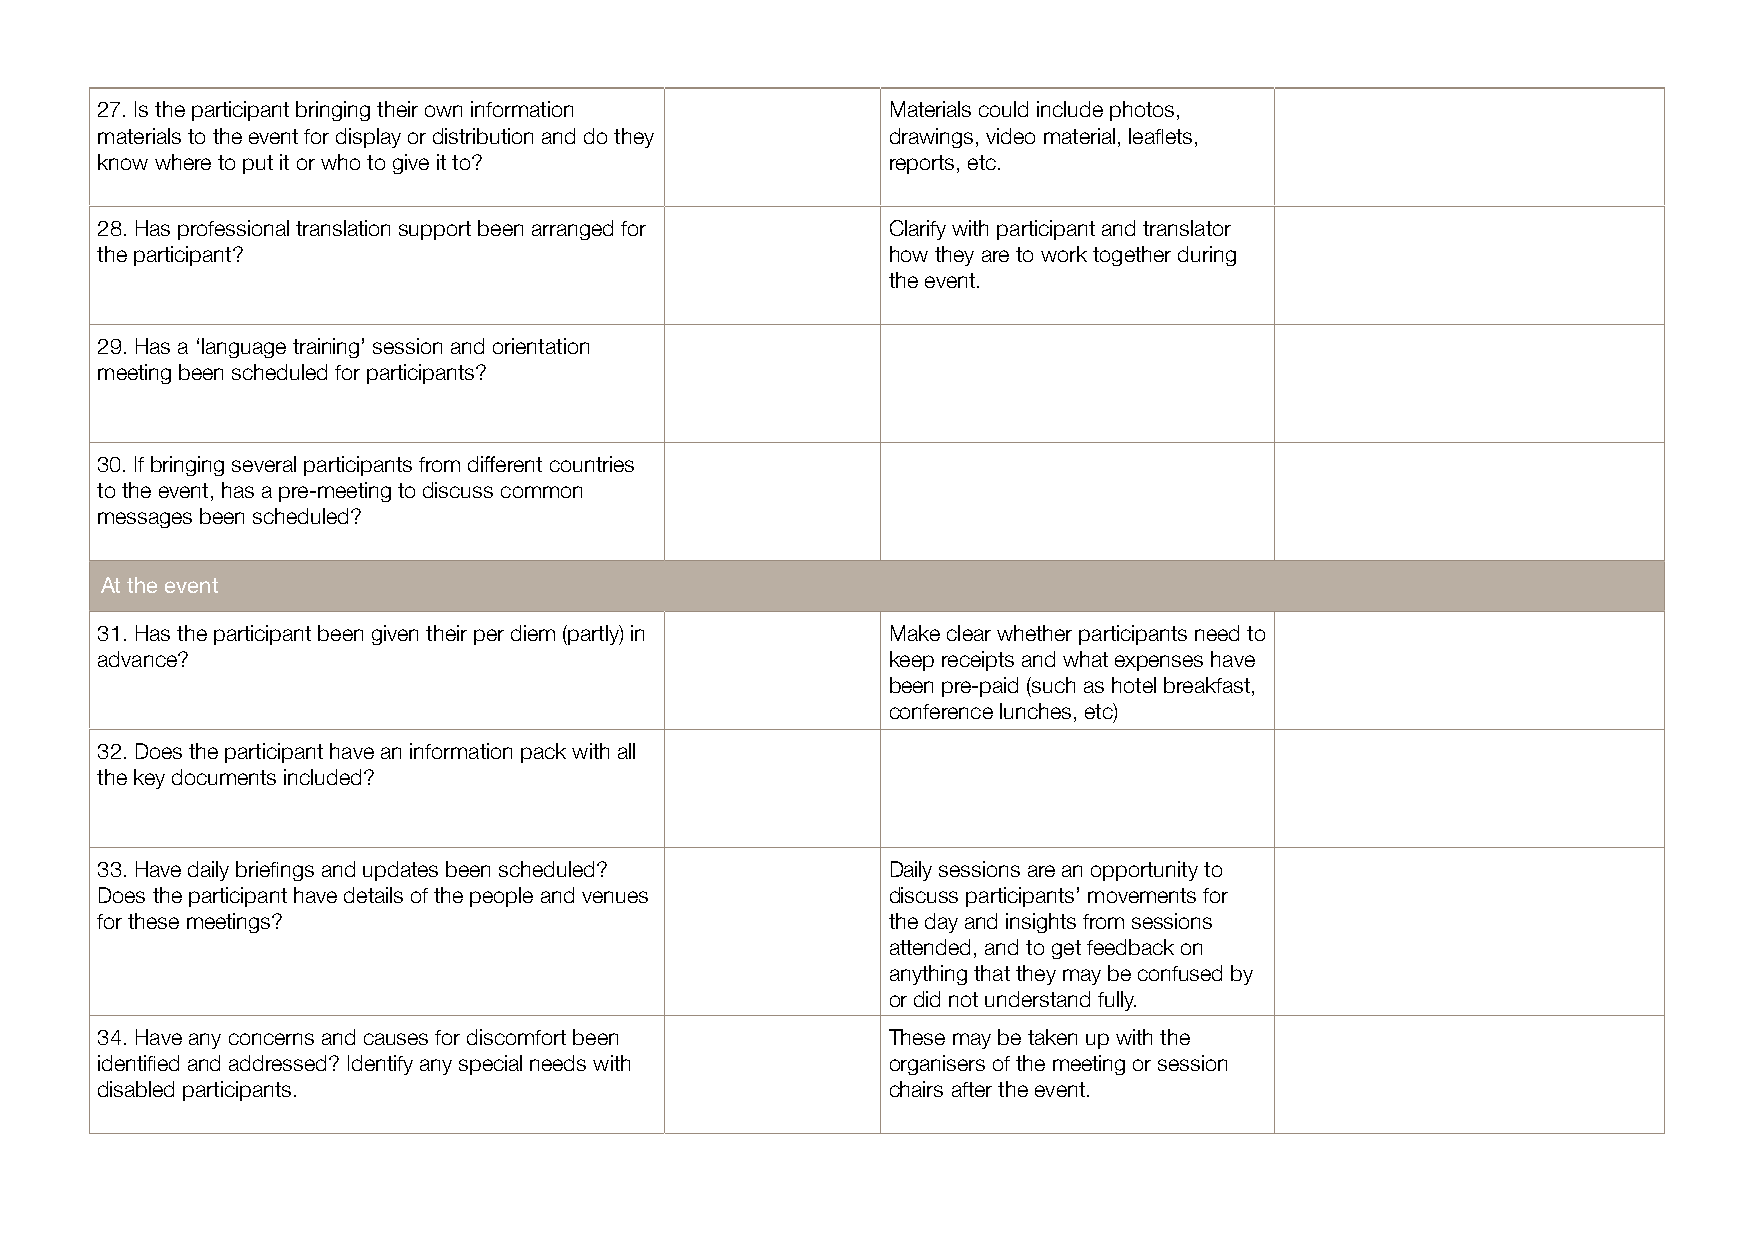
27. Is the participant bringing their own information Materials could include photos,
 materials to the event for display or distribution and do they drawings, video material, leaflets,
 know where to put it or who to give it to?           reports, etc.
 28. Has professional translation support been arranged for Clarify with participant and translator
 the participant?                                     how they are to work together during
 the event.
 29. Has a ‘language training’ session and orientation
 meeting been scheduled for participants?
 30. If bringing several participants from different countries
 to the event, has a pre-meeting to discuss common
 messages been scheduled?
 At the event
 31. Has the participant been given their per diem (partly) in Make clear whether participants need to
 advance?                                             keep receipts and what expenses have
 been pre-paid (such as hotel breakfast,
 conference lunches, etc)
 32. Does the participant have an information pack with all
 the key documents included?
 33. Have daily briefings and updates been scheduled? Daily sessions are an opportunity to
 Does the participant have details of the people and venues discuss participants’ movements for
 for these meetings?                                  the day and insights from sessions
 attended, and to get feedback on
 anything that they may be confused by
 or did not understand fully.
 34. Have any concerns and causes for discomfort been These may be taken up with the
 identified and addressed? Identify any special needs with organisers of the meeting or session
 disabled participants.                               chairs after the event.